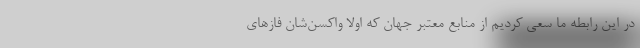
در این رابطه ما سعی کردیم از منابع معتبر جهان که اولا واکسن‌شان فازهای